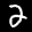
Label: 2